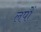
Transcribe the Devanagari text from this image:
लपों